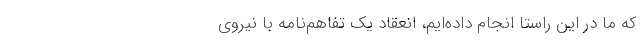
که ما در این راستا انجام داده‌ایم، انعقاد یک تفاهم‌نامه با نیروی